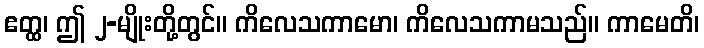
ဧတ္ထ၊ ဤ ၂-မျိုးတို့တွင်။ ကိလေသကာမော၊ ကိလေသကာမသည်။ ကာမေတိ၊